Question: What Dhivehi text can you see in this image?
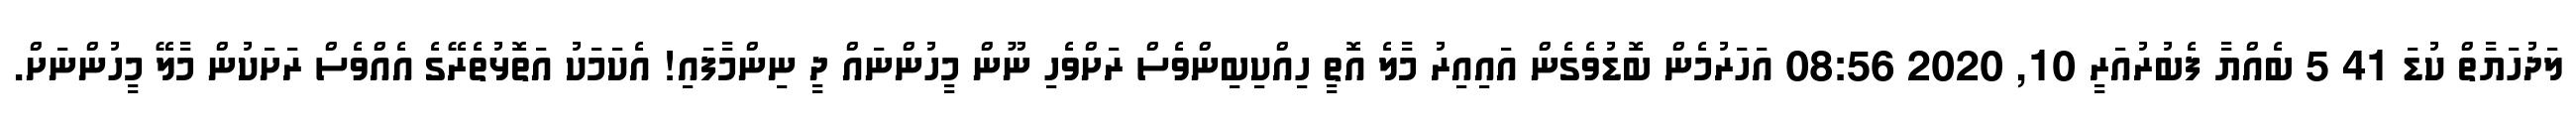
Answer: ލަދުހަޔާތް ކުޑަ 41 5 ބެއްޔާ ފެބުރުއަރީ 10, 2020 08:56 އަހަރުމެން ބޮޑުވެގެން އައިއިރު މާލެ އޮތީ ހިއްކިބިންވެސް ރަށްވެހި ނޫން މީހުންނައް ދީ ނިންމާފައި! އެކަމަކު އަތޮޅުތެރޭގެ އެއްވެސް ރަށަކުން މާލޭ މީހުންނަށް.